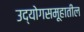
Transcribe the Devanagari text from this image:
उद्योगसमूहातील